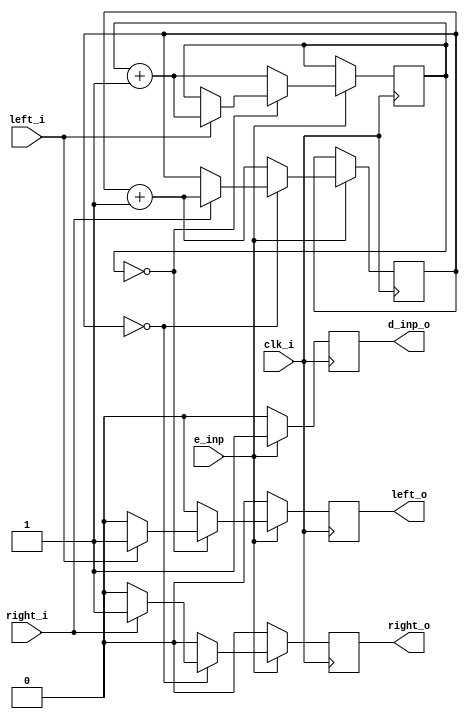

`ifndef __GET_INPUT__
`define __GET_INPUT__

module get_input
#(
 parameter cr = 4 // counter range
) (
 // define I /O  s of the module
 	input wire clk_i , // clock
 	//input rst_i , // reset
 	input wire e_inp, // enable input
 	
 	input wire right_i ,
 	input wire left_i ,
	
	output wire right_o ,
 	output wire left_o ,
 	
 	
 	//output rst_o ,
 	
 	
 	output wire d_inp_o 
);

	// start the module implementation
	// register to store the counter value

	//reg rst ; // clock
 	reg left ;
 	reg right ;
 	reg d_inp ;
	
	reg [1:0] left_cr = 0;
	reg [1:0] right_cr = 0;
	//reg [cr-1:0] rst_cr =0 ;
	
	// assign the counter value to the output
	assign left_o = left;
	assign right_o = right;
	//assign rst_o = rst;
	assign d_inp_o = d_inp;

	
	always @ (posedge clk_i) begin		
		if (e_inp) begin
			if(left_cr == 0) begin
				if(left_i) begin
					left <= 1'b1;
					left_cr <= left_cr + 1;
				end else left <= 1'b0;
			end else begin
				left <= 1'b0;
				left_cr <= left_cr + 1;
			end
		
			if(right_cr == 0) begin
				if(right_i) begin
					right <= 1'b1;
					right_cr <= right_cr + 1;
				end else right <= 1'b0;
			end else begin
				right_cr <= right_cr + 1;
				right <= 1'b0;
			end
			/*
			if(rst_cr == 0) begin
				if(rst_i) begin
					rst <= 1'b1;
					rst_cr <= 1;
				end else rst <= 1'b0;
			end else begin
				rst_cr <= rst_cr + 1;
				rst <= 1'b0;
			end
			*/
			d_inp <= 1'b1;
		end else begin
			left <= 1'b0;
			right <= 1'b0;
			//rst <= 1'b0;
			d_inp <= 1'b0;
		end
	end
				

endmodule // input

`endif